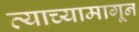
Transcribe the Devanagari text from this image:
त्याच्यामागून